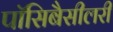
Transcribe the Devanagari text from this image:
पॉसिबैसीलरी